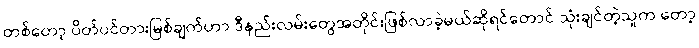
တစ်တော့ ပိတ်ပင်တားမြစ်ချက်ဟာ ဒီနည်းလမ်းတွေအတိုင်းဖြစ်လာခဲ့မယ်ဆိုရင်တောင် သုံးချင်တဲ့သူက တော့